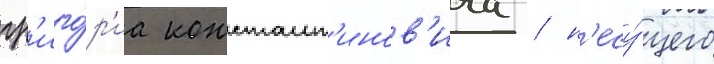
гр'иго́р'иа констант'инов'ича / н'есу́щего